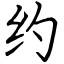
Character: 约